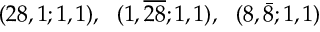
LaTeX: ( 2 8 , 1 ; 1 , 1 ) , ~ ~ ( 1 , \overline { { { 2 8 } } } ; 1 , 1 ) , ~ ~ ( 8 , \bar { 8 } ; 1 , 1 )